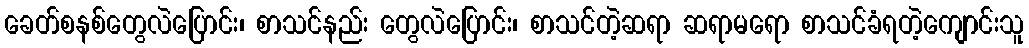
ခေတ်စနစ်တွေလဲပြောင်း၊ စာသင်နည်း တွေလဲပြောင်း၊ စာသင်တဲ့ဆရာ ဆရာမရော စာသင်ခံရတဲ့ကျောင်းသူ